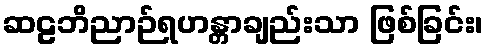
ဆဠဘိညာဉ်ရဟန္တာချည်းသာ ဖြစ်ခြင်း၊